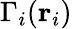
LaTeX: \Gamma_{i}(\mathbf{r}_{i})